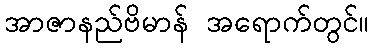
အာဇာနည်ဗိမာန် အရောက်တွင်။